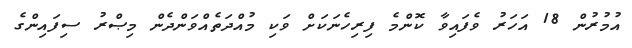
އުމުރުން 18 އަހަރު ވެފައިވާ ކޮންމެ ފިރިހެނަކަށް ވަކި މުއްދަތެއްވަންދެން މިޞްރު ސިފައިންގެ